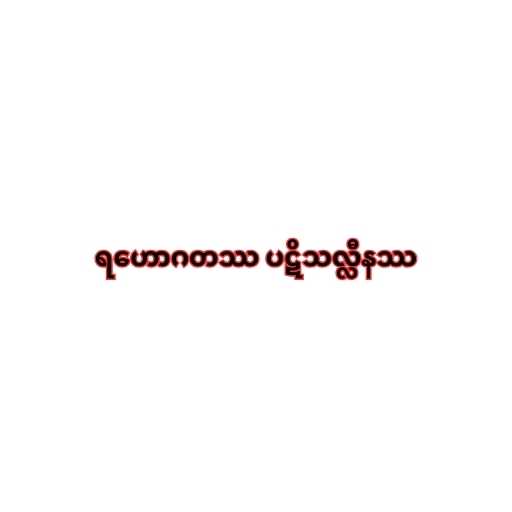
ရဟောဂတဿ ပဋိသလ္လီနဿ